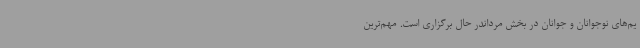
یم‌های نوجوانان و جوانان در بخش مرداندر حال برگزاری است. مهم‌ترین